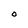
Character: 0